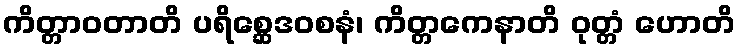
ကိတ္တာဝတာတိ ပရိစ္ဆေဒဝစနံ၊ ကိတ္တကေနာတိ ဝုတ္တံ ဟောတိ